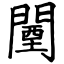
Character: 闉